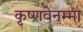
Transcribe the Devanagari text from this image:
कृष्णवेनम्मा